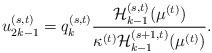
LaTeX: \begin{align*}u_{2k-1}^{(s,t)}=q_k^{(s,t)}\frac{{\cal H}_{k-1}^{(s,t)}(\mu^{(t)})}{\kappa^{(t)}{\cal H}_{k-1}^{(s+1,t)}(\mu^{(t)})}.\end{align*}